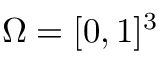
\Omega = [ 0 , 1 ] ^ { 3 }